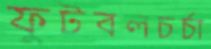
ফুটবলচর্চা